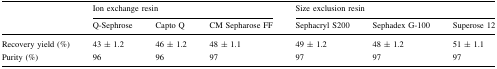
| <ROWSPAN=2>  | <COLSPAN=3> Ion exchange resin | <COLSPAN=3> Size exclusion resin |
 | Q-Sephrose | Capto Q | CM Sepharose FF | Sephacryl S200 | Sephadex G-100 | Superose 12 |
 | --- | --- | --- | --- | --- | --- | --- |
 | Recovery yield (%) | 43 ± 1.2 | 46 ± 1.2 | 48 ± 1.1 | 49 ± 1.2 | 48 ± 1.2 | 51 ± 1.1 |
 | Purity (%) | 96 | 96 | 97 | 97 | 97 | 97 |